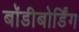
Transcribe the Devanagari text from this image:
बॉडीबोर्डिंग